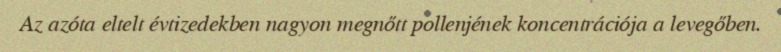
Az azóta eltelt évtizedekben nagyon megnőtt pollenjének koncentrációja a levegőben.